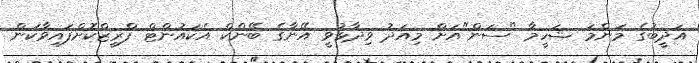
އަދީބުގެ މަންމަ ޝަހީމާ "ސަން"އަށް މިއަދު ވިދާޅުވީ އޭނާގެ ބޭންކް އެކައުންޓް ފްރީޒްކޮށްފައިވާކަން